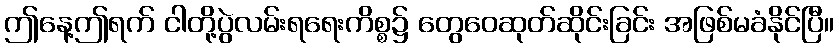
ဤနေ့ဤရက် ငါတို့ပွဲလမ်းရရေးကိစ္စ၌ တွေဝေဆုတ်ဆိုင်းခြင်း အဖြစ်မခံနိုင်ပြီ။